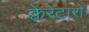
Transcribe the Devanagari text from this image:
क्वेरेटारो